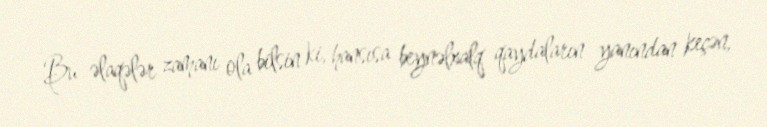
Bu əlaqələr zamanı ola bilsin ki, hansısa beynəlxalq qaydaların yanından keçən,